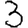
Digit: 3